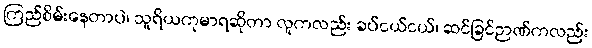
ကြည်စိမ်းနေတာပဲ၊ သူရိယကုမာရဆိုတာ လူကလည်း ခပ်ငယ်ငယ်၊ ဆင်ခြင်ဉာဏ်ကလည်း